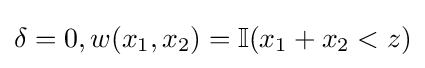
\delta =0,w(x_{1},x_{2})=\mathbb {I} (x_{1}+x_{2}<z)